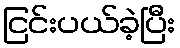
ငြင်းပယ်ခဲ့ပြီး